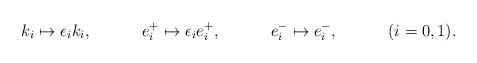
LaTeX: \begin{align*}k_i \mapsto \epsilon_i k_i,&&e_i^+ \mapsto \epsilon_i e_i^+,&&e_i^- \mapsto e_i^-,&&(i = 0,1).\end{align*}